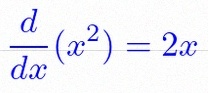
\frac{d}{dx}(x^2)=2x